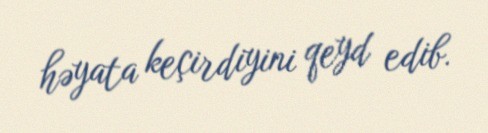
həyata keçirdiyini qeyd edib.